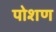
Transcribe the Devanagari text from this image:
पोशण